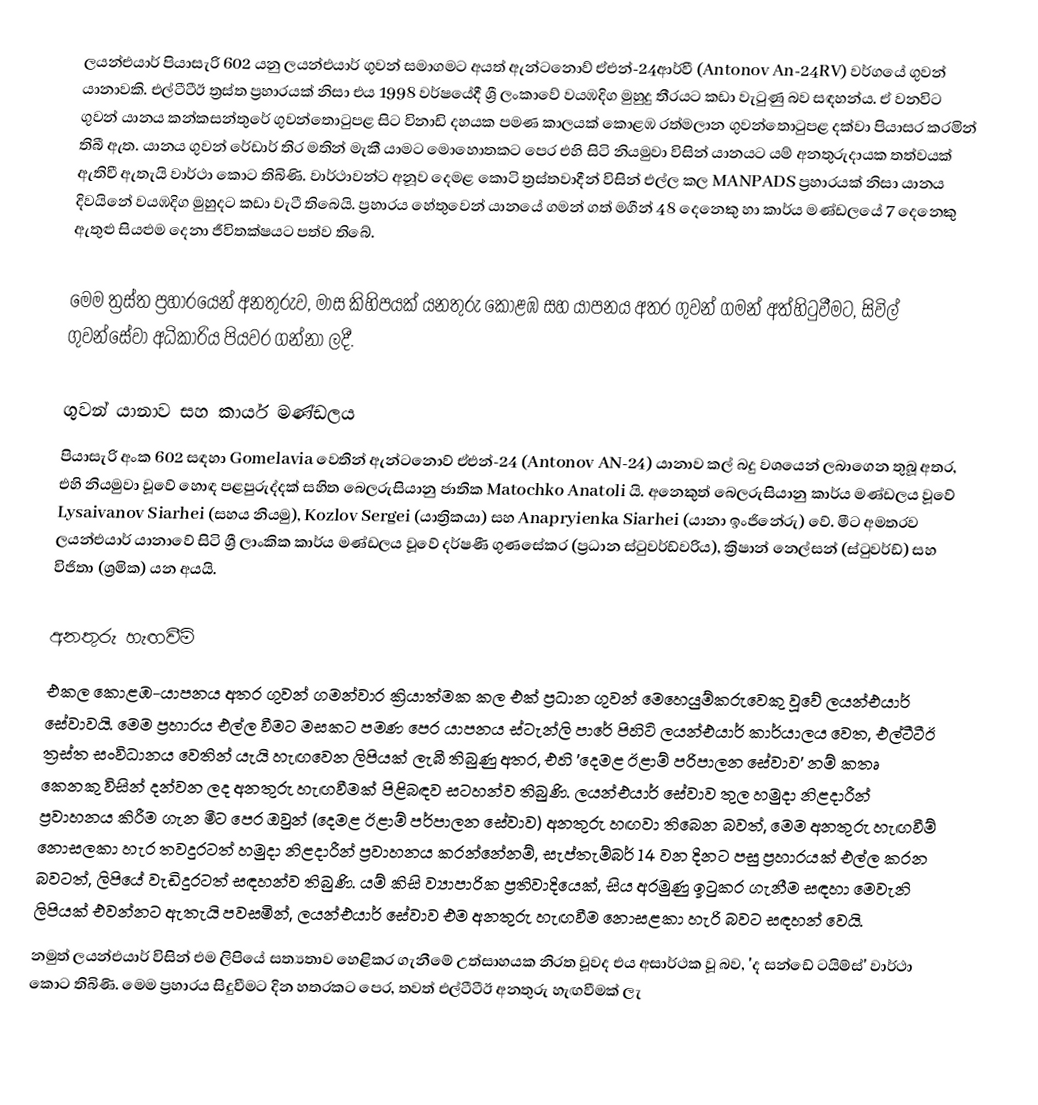
ලයන්එයාර් පියාසැරි 602 යනු ලයන්එයාර් ගුවන් සමාගමට අයත් ඇන්ටනොව් ඒඑන්-24ආර්වී (Antonov An-24RV) වර්ගයේ ගුවන් යානාවකි. එල්ටීටීඊ ත්‍රස්ත ප්‍රහාරයක් නිසා එය 1998 වර්ෂයේදී ශ්‍රී ලංකාවේ වයඹදිග මුහුදු තීරයට කඩා වැටුණු බව සඳහන්ය. ඒ වනවිට ගුවන් යානය කන්කසන්තුරේ ගුවන්තොටුපළ සිට විනාඩි දහයක පමණ කාලයක් කොළඹ රත්මලාන ගුවන්තොටුපළ දක්වා පියාසර කරමින් තිබී ඇත. යානය ගුවන් රේඩාර් තිර මතින් මැකී යාමට මොහොතකට පෙර එහි සිටි නියමුවා විසින් යානයට යම් අනතුරුදායක තත්වයක් ඇතිවී ඇතැයි වාර්ථා කොට තිබිණි. වාර්ථාවන්ට අනූව දෙමළ කොටි ත්‍රස්තවාදීන් විසින් එල්ල කල MANPADS ප්‍රහාරයක් නිසා යානය දිවයිනේ වයඹදිග මුහුදට කඩා වැටී තිබෙයි. ප්‍රහාරය හේතුවෙන් යානයේ ගමන් ගත් මගීන් 48 දෙනෙකු හා කාර්ය මණ්ඩලයේ 7 දෙනෙකු ඇතුළු සියළුම දෙනා ජීවිතක්ෂයට පත්ව තිබේ.

මෙම ත්‍රස්ත ප්‍රහාරයෙන් අනතුරුව, මාස කිහිපයක් යනතුරු කොළඹ සහ යාපනය අතර ගුවන් ගමන් අත්හිටුවීමට, සිවිල් ගුවන්සේවා අධිකාරිය පියවර ගන්නා ලදී.

ගුවන් යානාව සහ කාර්ය මණ්ඩලය
පියාසැරි අංක 602 සඳහා Gomelavia වෙතින් ඇන්ටනොව් ඒඑන්-24 (Antonov AN-24) යානාව කල් බදු වශයෙන් ලබාගෙන තුබූ අතර, එහි නියමුවා වූවේ හොඳ පළපුරුද්දක් සහිත බෙලරුසියානු ජාතික Matochko Anatoli යි. අනෙකුත් බෙලරුසියානු කාර්ය මණ්ඩලය වූවේ Lysaivanov Siarhei (සහය නියමු), Kozlov Sergei (යාත්‍රිකයා) සහ Anapryienka Siarhei (යානා ඉංජිනේරු) වේ. මීට අමතරව ලයන්එයාර් යානාවේ සිටි ශ්‍රී ලාංකික කාර්ය මණ්ඩලය වූවේ දර්ෂණී ගුණසේකර (ප්‍රධාන ස්ටුවර්ඩ්වරිය), ක්‍රිෂාන් නෙල්සන් (ස්ටුවර්ඩ්) සහ විජිතා (ශ්‍රමික) යන අයයි.

අනතුරු හැඟවීම්
එකල කොළඹ-යාපනය අතර ගුවන් ගමන්වාර ක්‍රියාත්මක කල එක් ප්‍රධාන ගුවන් මෙහෙයුම්කරුවෙකු වූවේ ලයන්එයාර් සේවාවයි. මෙම ප්‍රහාරය එල්ල වීමට මසකට පමණ පෙර යාපනය ස්ටැන්ලි පාරේ පිහිටි ලයන්එයාර් කාර්යාලය වෙත, එල්ටීටීඊ ත්‍රස්ත සංවිධානය වෙතින් යැයි හැඟවෙන ලිපියක් ලැබී තිබුණු අතර, එහි 'දෙමළ ඊළාම් පරිපාලන සේවාව' නම් කතෘ කෙනකු විසින් දන්වන ලද අනතුරු හැඟවීමක් පිළිබඳව සටහන්ව තිබුණි. ලයන්එයාර් සේවාව තුල හමුදා නිළදාරීන් ප්‍රවාහනය කිරීම ගැන මීට පෙර ඔවුන් (දෙමළ ඊළාම් පර්පාලන සේවාව) අනතුරු හඟවා තිබෙන බවත්, මෙම අනතුරු හැඟවීම් නොසලකා හැර තවදුරටත් හමුදා නිළදාරීන් ප්‍රවාහනය කරන්නේනම්, සැප්තැම්බර් 14 වන දිනට පසු ප්‍රහාරයක් එල්ල කරන බවටත්, ලිපියේ වැඩිදුරටත් සඳහන්ව තිබුණි. යම් කිසි ව්‍යාපාරික ප්‍රතිවාදියෙක්, සිය අරමුණු ඉටුකර ගැනීම සඳහා මෙවැනි ලිපියක් එවන්නට ඇතැයි පවසමින්, ලයන්එයාර් සේවාව එම අනතුරු හැඟවීම නොසළකා හැරි බවට සඳහන් වෙයි.
නමුත් ලයන්එයාර් විසින් එම ලිපියේ සත්‍යතාව හෙළිකර ගැනීමේ උත්සාහයක නිරත වූවද එය අසාර්ථක වූ බව, 'ද සන්ඩේ ටයිම්ස්' වාර්ථා කොට තිබිණි. මෙම ප්‍රහාරය සිදුවීමට දින හතරකට පෙර, තවත් එල්ටීටීඊ අනතුරු හැඟවීමක් ලැ